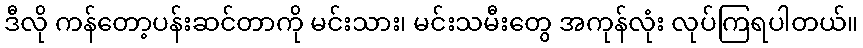
ဒီလို ကန်တော့ပန်းဆင်တာကို မင်းသား၊ မင်းသမီးတွေ အကုန်လုံး လုပ်ကြရပါတယ်။